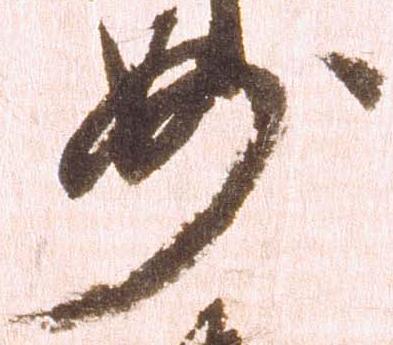
妙